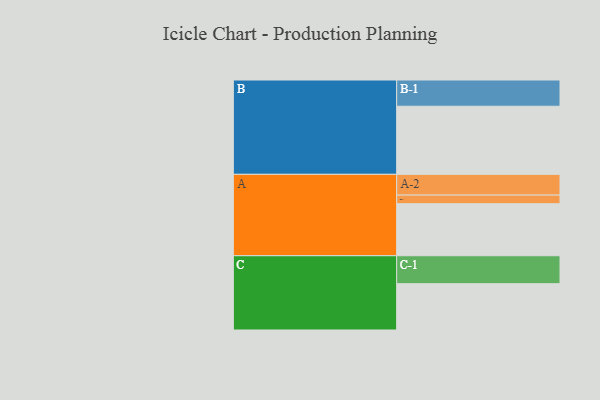
{"axis": {"x": "Segment", "y": "Value"}, "legend": ["", "A", "B", "C"], "data": [{"x": "A", "y": 454, "type": ""}, {"x": "B", "y": 594, "type": ""}, {"x": "C", "y": 404, "type": ""}, {"x": "A-1", "y": 75, "type": "A"}, {"x": "A-2", "y": 181, "type": "A"}, {"x": "B-1", "y": 229, "type": "B"}, {"x": "C-1", "y": 244, "type": "C"}]}